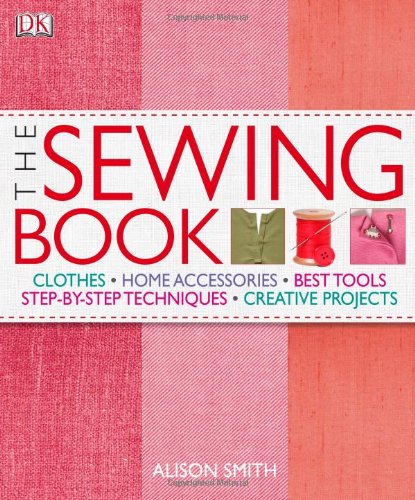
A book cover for The Sewing Book: An Encyclopedic Resource of Step-by-Step Techniques; Alison Smith; Crafts, Hobbies & Home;